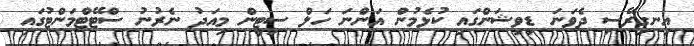
އިނގިރޭސި ދެވަނަ ޑިވިޝަންގައި ކުޅެމުން އަންނަ ހަލް ސިޓީން މިއަދު ނެރުނު ސްޓޭޓްމަންޓުގައި